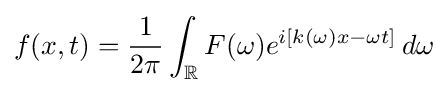
f(x,t)={\frac {1}{2\pi }}\int _{\mathbb {R} }F(\omega )e^{i[k(\omega )x-\omega t]}\,d\omega